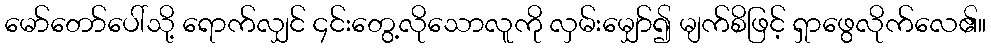
မော်တော်ပေါ်သို့ ရောက်လျှင် ၄င်းတွေ့လိုသောလူကို လှမ်းမျှော်၍ မျက်စိဖြင့် ရှာဖွေလိုက်လေ၏။